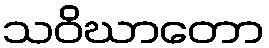
သဝိဃာတော